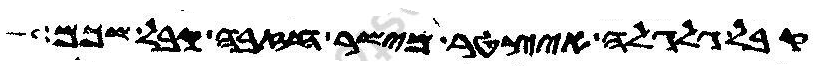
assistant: קבל גלגלה איצטר מישר חזבה קבל שכם